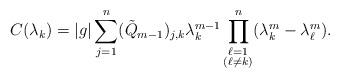
LaTeX: \begin{align*}C(\lambda_k)=|g|\sum_{j=1}^n(\tilde{Q}_{m-1})_{j,k}\lambda_k^{m-1}\prod_{\substack{\ell=1\\(\ell\neq k)}}^n(\lambda_k^m-\lambda_\ell^m).\end{align*}